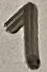
Text: 1